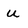
Character: u